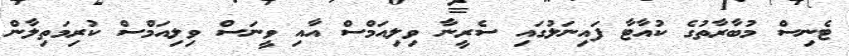
ޓެނިސް މުބާރާތުގެ ކުއާޓާ ފައިނަލުގައި ސެރީނާ ވިލިއަމްސް އާއި ވީނަސް ވިލިއަމްސް ކުރިމަތިލާން